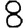
Digit: 8